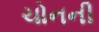
ચોનની